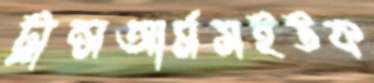
ট্রান্সআর্মসইউক